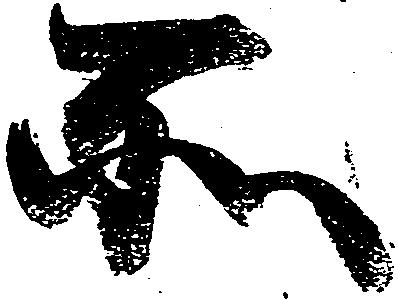
所